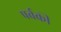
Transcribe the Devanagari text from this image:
पर्वकी